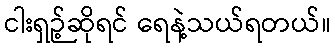
ငါးရှဉ့်ဆိုရင် ရေနဲ့သယ်ရတယ်။